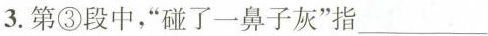
3.第③段中，”碰了一鼻子灰”指___